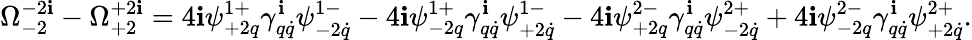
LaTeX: \Omega_{-2}^{-2\mathbf{i}}-\Omega_{+2}^{+2\mathbf{i}}=4\mathbf{i}\psi_{+2q}^{1+}\gamma_{q\dot{{q}}}^{\mathbf{i}}\psi_{-2\dot{{q}}}^{1-}-4\mathbf{i}\psi_{-2q}^{1+}\gamma_{q\dot{{q}}}^{\mathbf{i}}\psi_{+2\dot{{q}}}^{1-}-4\mathbf{i}\psi_{+2q}^{2-}\gamma_{q\dot{{q}}}^{\mathbf{i}}\psi_{-2\dot{{q}}}^{2+}+4\mathbf{i}\psi_{-2q}^{2-}\gamma_{q\dot{{q}}}^{\mathbf{i}}\psi_{+2\dot{{q}}}^{2+}.